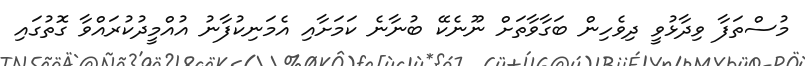
މުސްތަފާ ވިދާޅުވީ ދިވެހިން ބަގާވާތަށް ނޫނެކޭ ބުނާނެ ކަމަށާއި އެމަނިކުފާނު އުއްމީދުކުރައްވާ ގޮތުގައި